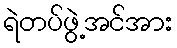
ရဲတပ်ဖွဲ့အင်အား